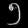
Digit: ၅